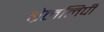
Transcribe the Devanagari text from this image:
ब्रेललिपी